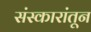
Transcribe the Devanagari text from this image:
संस्कारांतून